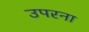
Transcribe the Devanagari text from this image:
उपरना